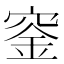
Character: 𥦨